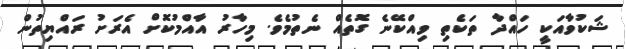
ޝަކުވާއަކީ ހައްދާ ތަކެތި ވިއްކޭނެ ގޮތެއް ނެތުމެވެ. މިހާރު އާއްމުކޮށް އެރަށު ރައްޔިތުން